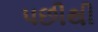
પછીથી